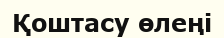
Қоштасу өлеңі